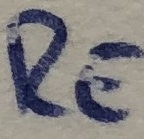
Text: RE